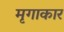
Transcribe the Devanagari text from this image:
मृगाकार